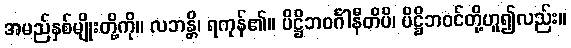
အမည်နှစ်မျိုးတို့ကို။ လဘန္တိ၊ ရကုန်၏။ ပိဋ္ဌိဘဝင်္ဂါနီတိပိ၊ ပိဋ္ဌိဘဝင်တို့ဟူ၍လည်း။